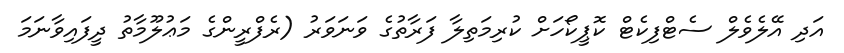
އަދި އޭލެވެލް ސެޓްފިކެޓް ކޮޕީކޯހަށް ކުރިމަތިލާ ފަރާތުގެ ވަނަވަރު (ރެފްރީންގެ މަޢުލޫމާތު ދީފައިވާނަމަ